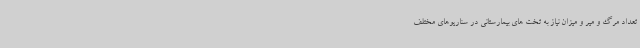
تعداد مرگ و میر و میزان نیاز به تخت های بیمارستانی در سناریوهای مختلف